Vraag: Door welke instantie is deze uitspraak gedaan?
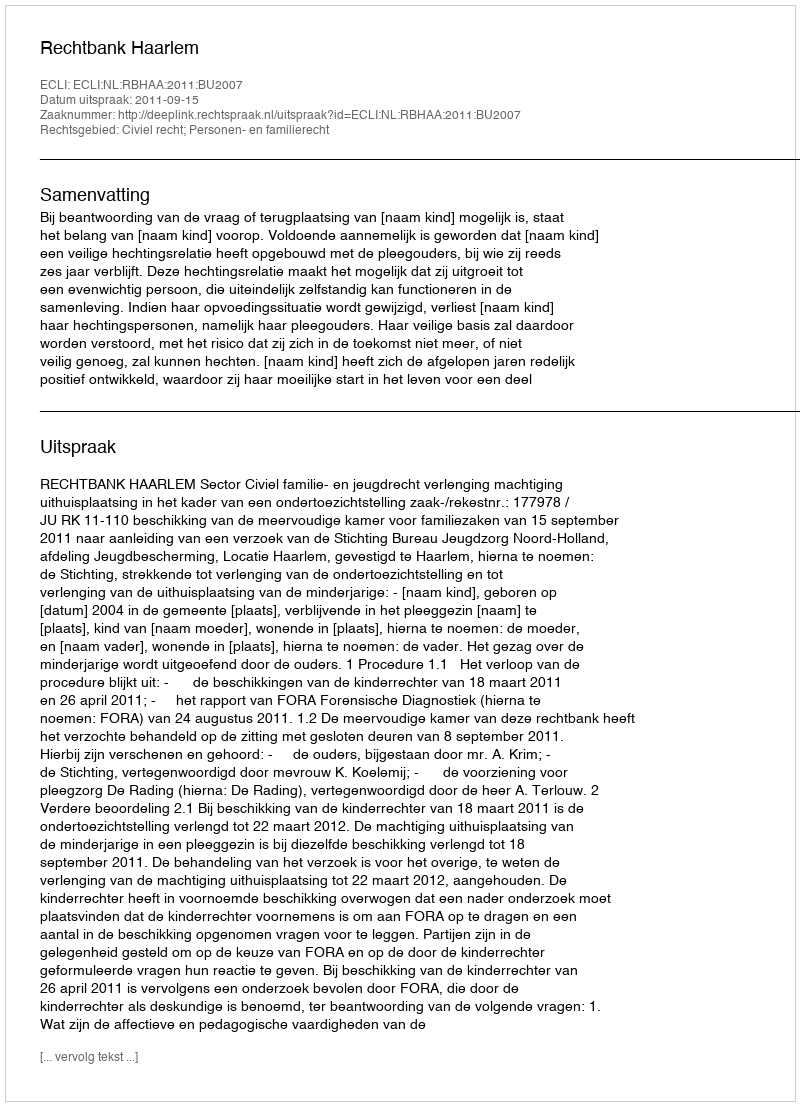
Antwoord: Rechtbank Haarlem